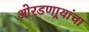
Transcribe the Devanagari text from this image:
ओरडणार्‍यांचा